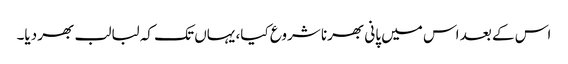
اس کے بعد اس میں پانی بھرنا شروع کیا، یہاں تک کہ لبالب بھر دیا۔